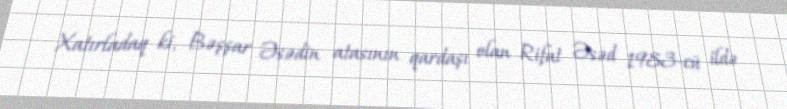
Xatırladaq ki, Bəşşar Əsədin atasının qardaşı olan Rifat Əsəd 1983-cü ildə